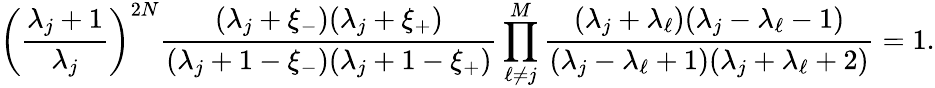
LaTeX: \left(\frac{\lambda_{j}+1}{\lambda_{j}}\right)^{2N}\frac{(\lambda_{j}+\xi_{-})(\lambda_{j}+\xi_{+})}{(\lambda_{j}+1-\xi_{-})(\lambda_{j}+1-\xi_{+})}\prod_{\ell\neq j}^{M}\frac{(\lambda_{j}+\lambda_{\ell})(\lambda_{j}-\lambda_{\ell}-1)}{(\lambda_{j}-\lambda_{\ell}+1)(\lambda_{j}+\lambda_{\ell}+2)}=1.